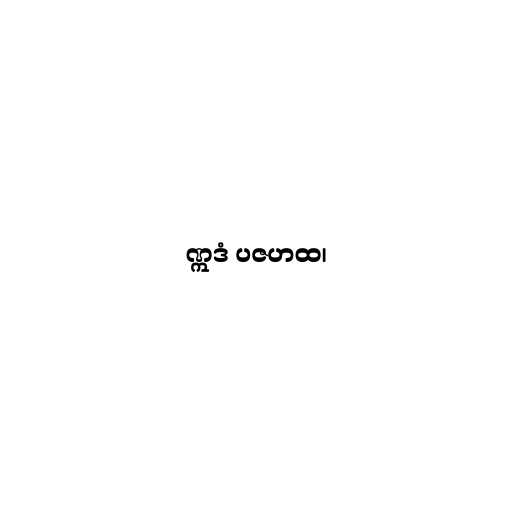
ဣဒံ ပဇဟထ၊